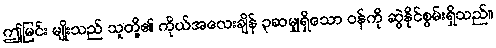
ဤမြင်း မျိုးသည် သူတို့၏ ကိုယ်အလေးချိန် ၃ဆမျှရှိသော ဝန်ကို ဆွဲနိုင်စွမ်းရှိသည်။